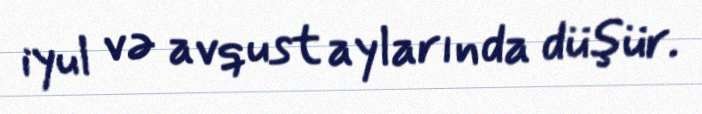
iyul və avqust aylarında düşür.